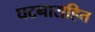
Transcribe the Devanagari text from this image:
घटनाराहित